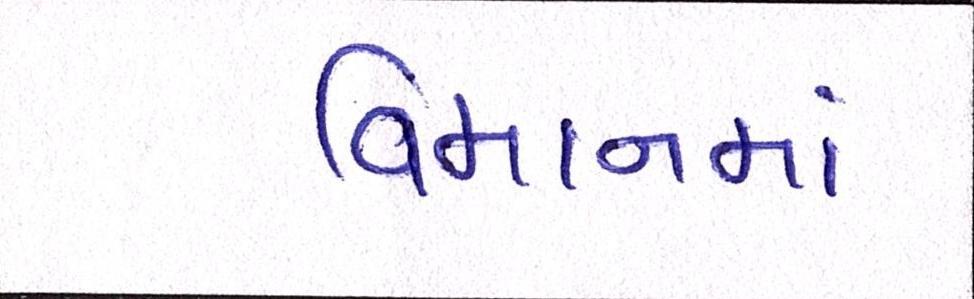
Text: વિમાનમાં